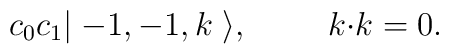
c_0 c_1 |\; {-}1,{-}1 , k \;\rangle , \hspace{1cm} k{\cdot}k = 0 .